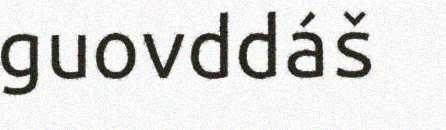
guovddáš